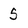
Character: 5